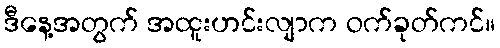
ဒီနေ့အတွက် အထူးဟင်းလျာက ဝက်ခုတ်ကင်။